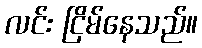
လင်း ငြိမ်နေသည်။